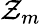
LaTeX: \mathcal{Z}_{m}